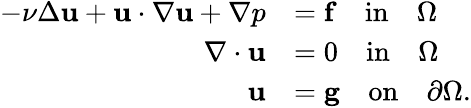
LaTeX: \begin{array}{rl}{-\nu\Delta\mathbf{u}+\mathbf{u}\cdot\nabla\mathbf{u}+\nabla p}&{=\mathbf{f}\quad\textup{in}\quad\Omega}\\ {\nabla\cdot\mathbf{u}}&{=0\quad\textup{in}\quad\Omega}\\ {\mathbf{u}}&{=\mathbf{g}\quad\textup{on}\quad\partial\Omega.}\end{array}